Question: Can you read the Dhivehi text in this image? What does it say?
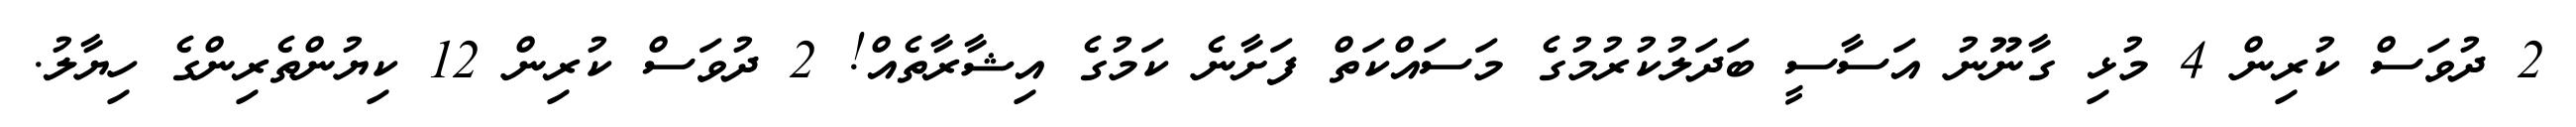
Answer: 2 ދުވަސް ކުރިން 4 މުޅި ގާނޫނު އަސާސީ ބަދަލުކުރުމުގެ މަސައްކަތް ފަށާނެ ކަމުގެ އިޝާރާތެއް! 2 ދުވަސް ކުރިން 12 ކިޔުންތެރިންގެ ހިޔާލު.